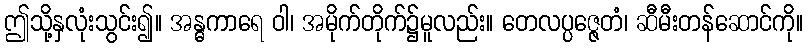
ဤသို့နှလုံးသွင်း၍။ အန္ဓကာရေ ဝါ၊ အမိုက်တိုက်၌မူလည်း။ တေလပ္ပဇ္ဇေတံ၊ ဆီမီးတန်ဆောင်ကို။